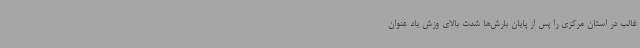
غالب در استان مرکزی را پس از پایان بارش‌ها شدت بالای وزش باد عنوان